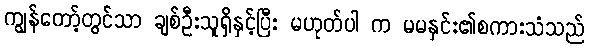
ကျွန်တော့်တွင်သာ ချစ်ဦးသူရှိနှင့်ပြီး မဟုတ်ပါ က မမနှင်း၏စကားသံသည်